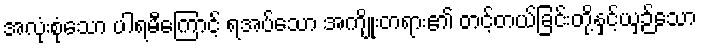
အလုံးစုံသော ပါရမီကြောင့် ရအပ်သော အကျိုးတရား၏ တင့်တယ်ခြင်းတို့နှင့်ယှဉ်သော